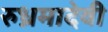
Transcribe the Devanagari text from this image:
रुध्रमादेवी